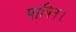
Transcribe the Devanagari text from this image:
पापिन।